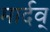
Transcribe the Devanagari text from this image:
मार्दव्